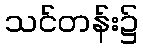
သင်တန်း၌